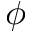
\phi